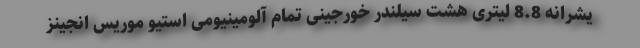
یشرانه 8.8 لیتری هشت سیلندر خورجینی تمام آلومینیومی استیو موریس انجینز